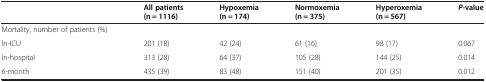
<table><thead><tr><td><b> </b></td><td><b>All patients (n = 1116)</b></td><td><b>Hypoxemia (n = 174)</b></td><td><b>Normoxemia (n = 375)</b></td><td><b>Hyperoxemia (n = 567)</b></td><td><b><i>P</i>-value</b></td></tr></thead><tbody><tr><td>Mortality, number of patients (%)</td><td> </td><td> </td><td> </td><td> </td><td> </td></tr><tr><td>In-ICU</td><td>201 (18)</td><td>42 (24)</td><td>61 (16)</td><td>98 (17)</td><td>0.067</td></tr><tr><td>In-hospital</td><td>313 (28)</td><td>64 (37)</td><td>105 (28)</td><td>144 (25)</td><td>0.014</td></tr><tr><td>6-month</td><td>435 (39)</td><td>83 (48)</td><td>151 (40)</td><td>201 (35)</td><td>0.012</td></tr></tbody></table>